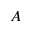
A